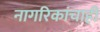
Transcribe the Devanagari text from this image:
नागरिकांचाही